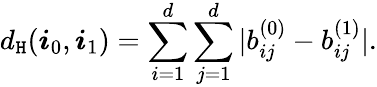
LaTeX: d_{\mathtt{H}}(\boldsymbol{i}_{0},\boldsymbol{i}_{1})=\sum_{i=1}^{d}\sum_{j=1}^{d}|b_{ij}^{(0)}-b_{ij}^{(1)}|.